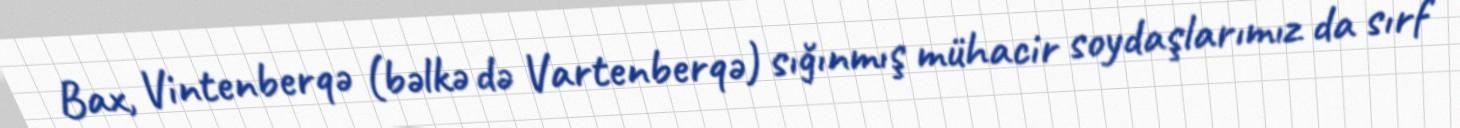
Bax, Vintenberqə (bəlkə də Vartenberqə) sığınmış mühacir soydaşlarımız da sırf